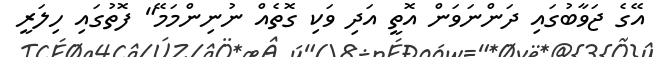
އޭގެ ޖަވާބުގައި ދަންނަވަން އޮތީ އަދި ވަކި ގޮތެއް ނުނިންމަމޭ" ފޮތުގައި ހިލަރީ